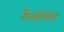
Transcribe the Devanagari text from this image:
गैलीलियेा